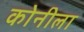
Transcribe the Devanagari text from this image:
कोनीला